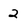
Character: 2